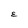
Character: E